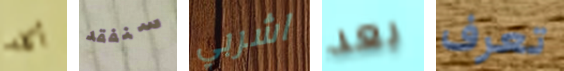
أكله سنفقد اشربي بعد تعرف